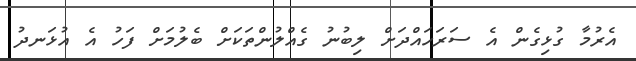
އެރުމާ ގުޅިގެން އެ ސަރަހައްދަށް ލިބުނު ގެއްލުންތަކަށް ބެލުމަށް ފަހު އެ އުޅަނދު